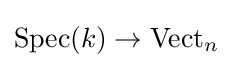
\operatorname {Spec} (k)\to \operatorname {Vect} _{n}